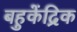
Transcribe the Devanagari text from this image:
बहुकेंद्रिक